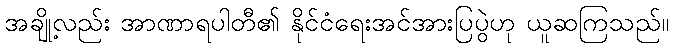
အချို့လည်း အာဏာရပါတီ၏ နိုင်ငံရေးအင်အားပြပွဲဟု ယူဆကြသည်။